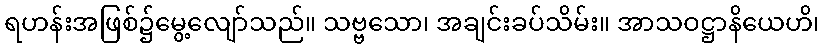
ရဟန်းအဖြစ်၌မွေ့လျော်သည်။ သဗ္ဗသော၊ အချင်းခပ်သိမ်း။ အာသဝဋ္ဌာနိယေဟိ၊